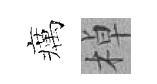
癘棹